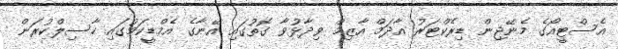
އެސްޓީއޯގެ މެނޭޖިން ޑިރެކްޓަރު އާދަމް އާޒިމް ވިދާޅުވާ ގޮތުގައި އޭނާގެ އެމްޑީކަމުގައި ހާސިލްކުރަން